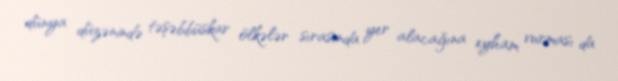
dünya düzənində təşəbbüskar ölkələr sırasında yer alacağına eyham vurması da